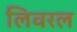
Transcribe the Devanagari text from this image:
लिवरल